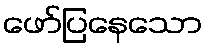
ဖော်ပြနေသော